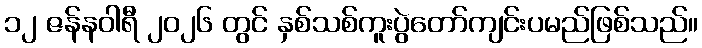
၁၂ ဇန်နဝါရီ ၂၀၂၆ တွင် နှစ်သစ်ကူးပွဲတော်ကျင်းပမည်ဖြစ်သည်။